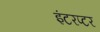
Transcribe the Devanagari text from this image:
इंटरप्टर